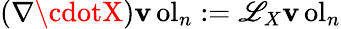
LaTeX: (\nabla\cdotX)\operatorname{\mathbf{v}ol}_{n}:=\mathscr{L}_{X}\operatorname{\mathbf{v}ol}_{n}